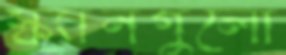
স্ক্যানগুলো